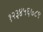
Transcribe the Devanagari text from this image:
१२३४५६७८९